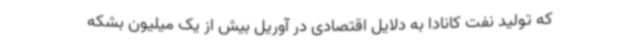
که تولید نفت کانادا به دلایل اقتصادی در آوریل بیش از یک میلیون بشکه